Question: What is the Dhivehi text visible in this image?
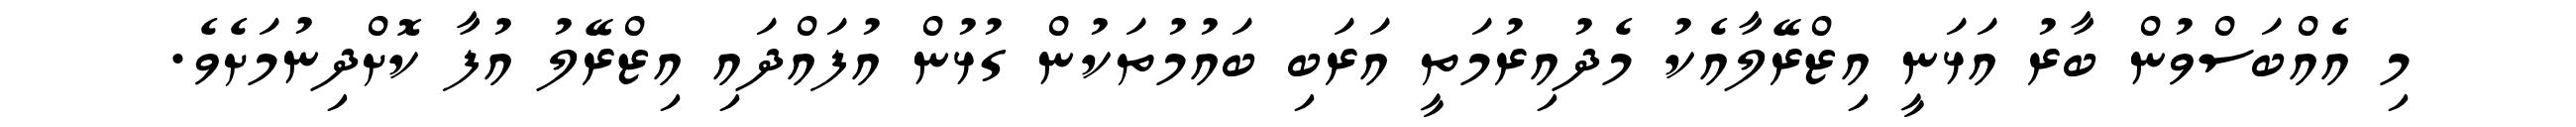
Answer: މި އެއްބަސްވުން ބާރު އަޅަނީ އިޒްރޭލާއެކު މެދުއިރުމަތީ އަރަބި ބައުމުތަކުން ގުޅުން އުފައްދައި އިޒްރޭލު އުފާ ކޮށްދިނުމަށެވެ.